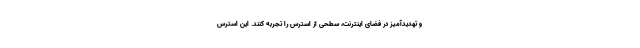
و تهدیدآمیز در فضای اینترنت، سطحی از استرس را تجربه کنند. این استرس